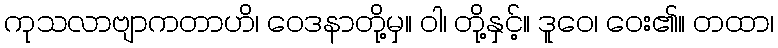
ကုသလာဗျာကတာဟိ၊ ဝေဒနာတို့မှ။ ဝါ၊ တို့နှင့်။ ဒူဝေ၊ ဝေး၏။ တထာ၊